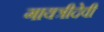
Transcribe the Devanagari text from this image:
गायत्रीदेवी